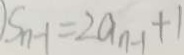
S _ { n - 1 } = 2 a _ { n - 1 } + 1